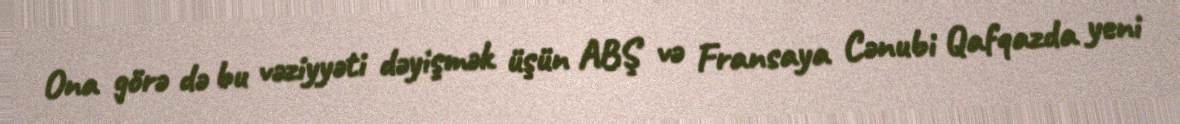
Ona görə də bu vəziyyəti dəyişmək üşün ABŞ və Fransaya Cənubi Qafqazda yeni